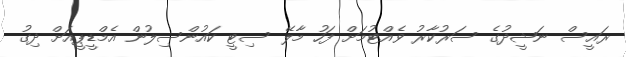
ރައީސް ނަޝީދުގެ ސަރުކާރު ވެއްޓުމަށް ފަހު މާލޭ ސިޓީ ކައުންސިލުން އެމްޑީޕީއަށް ދިގު